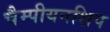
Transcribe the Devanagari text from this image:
चैम्पीयनशिप